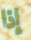
إذا